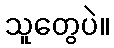
သူတွေပဲ။